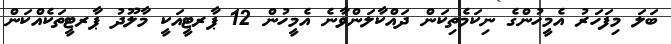
ބަލަ މިފަހަރު އެމީހުންގެ ނިކަމެތިކަން ދައްކާލަންވާނެ އެމީހުން 12 ޕާރޓީއަކީ މާލޫދު ޕާރޓީތަކެއްކަން